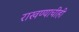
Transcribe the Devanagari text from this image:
राखण्याचीही